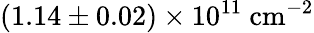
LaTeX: (1.14\pm 0.02)\times 10^{11}~\textrm{cm}^{-2}